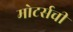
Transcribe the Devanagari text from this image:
मोटर्सची